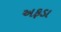
અફડા